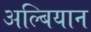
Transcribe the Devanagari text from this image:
अल्बियान